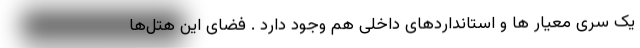
یک سری معیار ها و استانداردهای داخلی هم وجود دارد . فضای این هتل‌ها